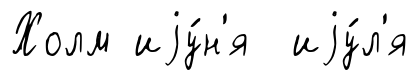
Холм иjу́н'я иjу́л'я